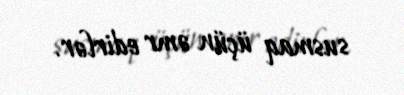
susmaq üçün əmr edirlər.